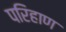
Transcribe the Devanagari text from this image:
परिहाण